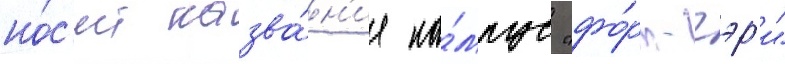
но́с'ит назва́н'ие ка́мпус "фо́рт-гэр'и"